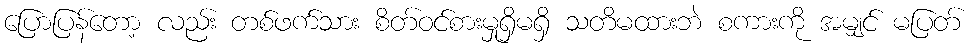
ပြောပြန်တော့ လည်း တစ်ဖက်သား စိတ်ဝင်စားမှုရှိမရှိ သတိမထားဘဲ စကားကို အမျှင် မပြတ်